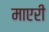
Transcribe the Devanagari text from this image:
माएरी